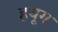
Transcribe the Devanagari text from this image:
हयूग